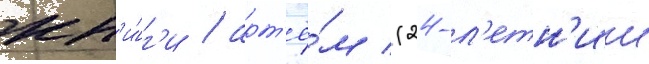
кн'и́г'и / арт'ё́м (24-л'етн'ии